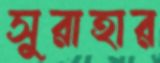
সুরাহার